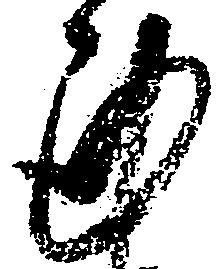
謹